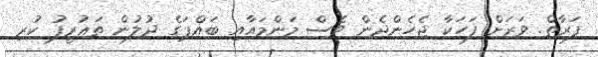
ފަރާތް. ވަރަށް ފަހަކާ ޖެހެންދެން ވެސް މަންމައާއި ބައްޕަގެ ދުލުން ތަޢުރީފު ކުރި